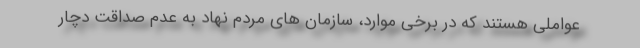
عواملی هستند که در برخی موارد، سازمان های مردم نهاد به عدم صداقت دچار